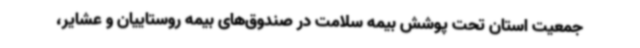
جمعیت استان تحت پوشش بیمه سلامت در صندوق‌های بیمه روستاییان و عشایر،